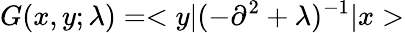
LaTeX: G(x,y;\lambda)=<y|(-\partial^{2}+\lambda)^{-1}|x>